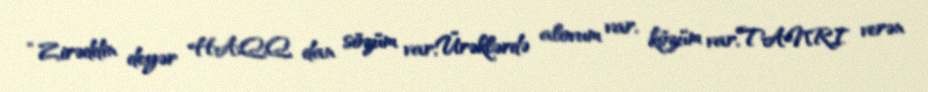
“Zirəddin deyər HAQQ dan sözüm var,Ürəklərdə alovum var, közüm var,TANRI verən